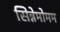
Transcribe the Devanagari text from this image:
सिन्नेमोमम